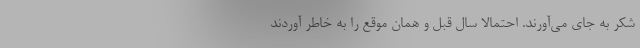
شکر به جای می‌آورند. احتمالا سال قبل و همان موقع را به خاطر آوردند